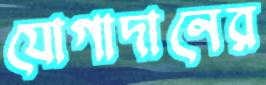
যোগাদানের